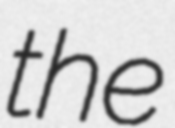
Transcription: the